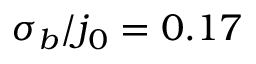
\sigma _ { b } / j _ { 0 } = 0 . 1 7